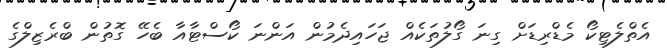
އެތްލެޓިކޯ މެޑްރިޑަށް ގިނަ ގޯލުތަކެއް ޖަހައިދެމުން އަންނަ ކޯސްޓާއާ ބެހޭ ގޮތުން ބްރެޒިލްގެ